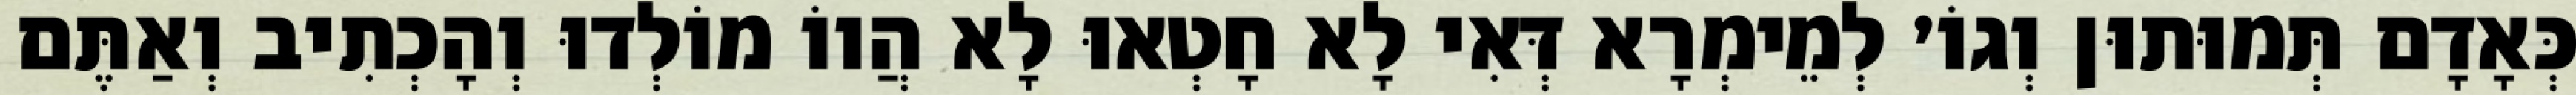
כְּאָדָם תְּמוּתוּן וְגוֹ׳ לְמֵימְרָא דְּאִי לָא חָטְאוּ לָא הֲווֹ מוֹלְדוּ וְהָכְתִיב וְאַתֶּם